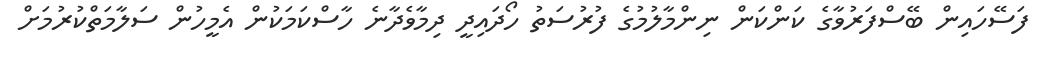
ފަސޭހައިން ބޭސްފަރުވާގެ ކަންކަން ނިންމާލުމުގެ ފުރުސަތު ހޯދައިދީ ދިމާވެދާނެ ހާސްކަމަކުން އެމީހުން ސަލާމަތްކުރުމަށް